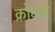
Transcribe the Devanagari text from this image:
क्रोधसे